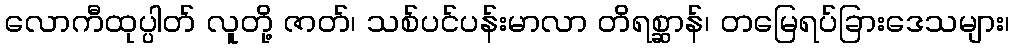
လောကီထုပ္ပါတ် လူတို့ ဇာတ်၊ သစ်ပင်ပန်းမာလာ တိရစ္ဆာန်၊ တမြေရပ်ခြားဒေသများ၊